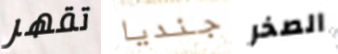
تقهر جنديا الصخر